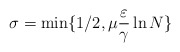
\begin{align*}\sigma=\min\{1/2,\mu \frac{\varepsilon}{\gamma}\ln N \}\end{align*}